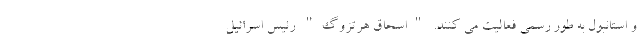
و استانبول به طور رسمی فعالیت می کنند. "اسحاق هرتزوگ" رئیس اسرائیل